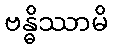
ဗန္ဓိဿာမိ